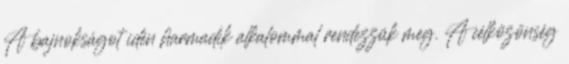
A bajnokságot idén harmadik alkalommal rendezzük meg. A célközönség